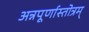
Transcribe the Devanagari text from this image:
अन्नपूर्णास्तोत्रम्